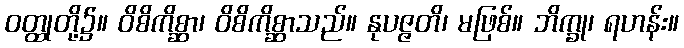
ဝတ္ထုတို့၌။ ဝိစိကိစ္ဆာ၊ ဝိစိကိစ္ဆာသည်။ နုပဇ္ဇတိ၊ မဖြစ်။ ဘိက္ခု၊ ရဟန်း။